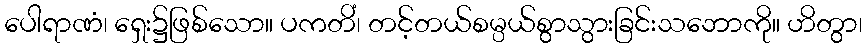
ပေါရာဏံ၊ ရှေး၌ဖြစ်သော။ ပကတိံ၊ တင့်တယ်စမ္ပယ်စွာသွားခြင်းသဘောကို။ ဟိတွာ၊